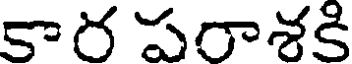
కార పరాశకి